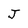
Character: J